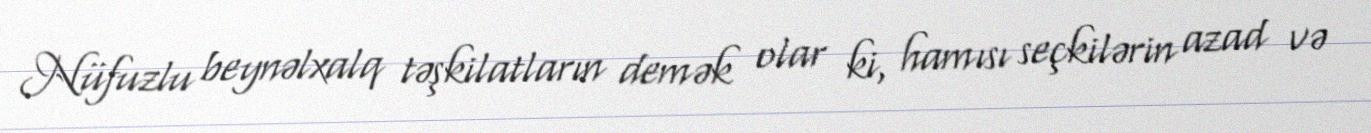
Nüfuzlu beynəlxalq təşkilatların demək olar ki, hamısı seçkilərin azad və